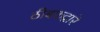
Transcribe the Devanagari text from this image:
ठीबकद्वारे